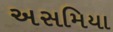
અસમિયા